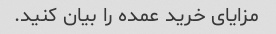
مزایای خرید عمده را بیان کنید.